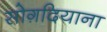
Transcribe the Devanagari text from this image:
सोग़दियाना